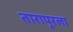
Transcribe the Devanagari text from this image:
तारापूरला